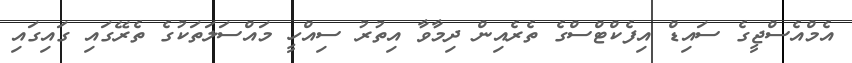
އެމްއެސްޖީގެ ސައިޑް އިފެކްޓްސްގެ ތެރެއިން ދިމާވާ އިތުރު ސިއްހީ މައްސަލަތަކުގެ ތެރޭގައި ގައިގައި